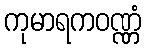
ကုမာရကဝဏ္ဏံ